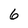
Character: 6